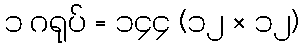
၁ ဂရုပ် = ၁၄၄ (၁၂ × ၁၂)